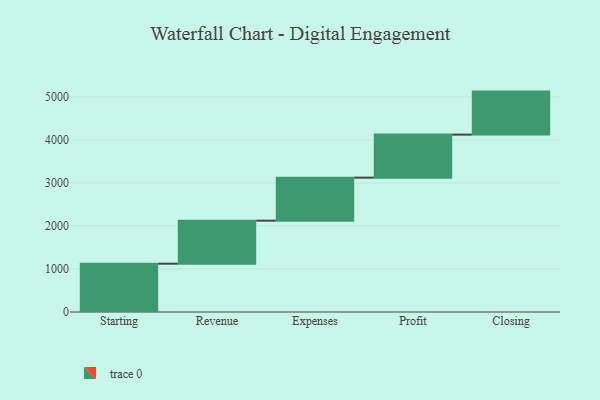
{"axis": {"x": "Step", "y": "Value"}, "legend": [""], "data": [{"x": "Starting", "y": 1123.0, "type": ""}, {"x": "Revenue", "y": 1000, "type": ""}, {"x": "Expenses", "y": 1000, "type": ""}, {"x": "Profit", "y": 1000, "type": ""}, {"x": "Closing", "y": 1000, "type": ""}]}